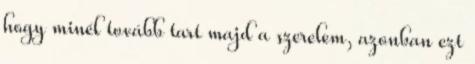
hogy minél tovább tart majd a szerelem, azonban ezt